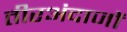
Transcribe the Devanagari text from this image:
तीरअंदाजों